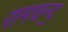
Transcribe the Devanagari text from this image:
रामचन्द॒